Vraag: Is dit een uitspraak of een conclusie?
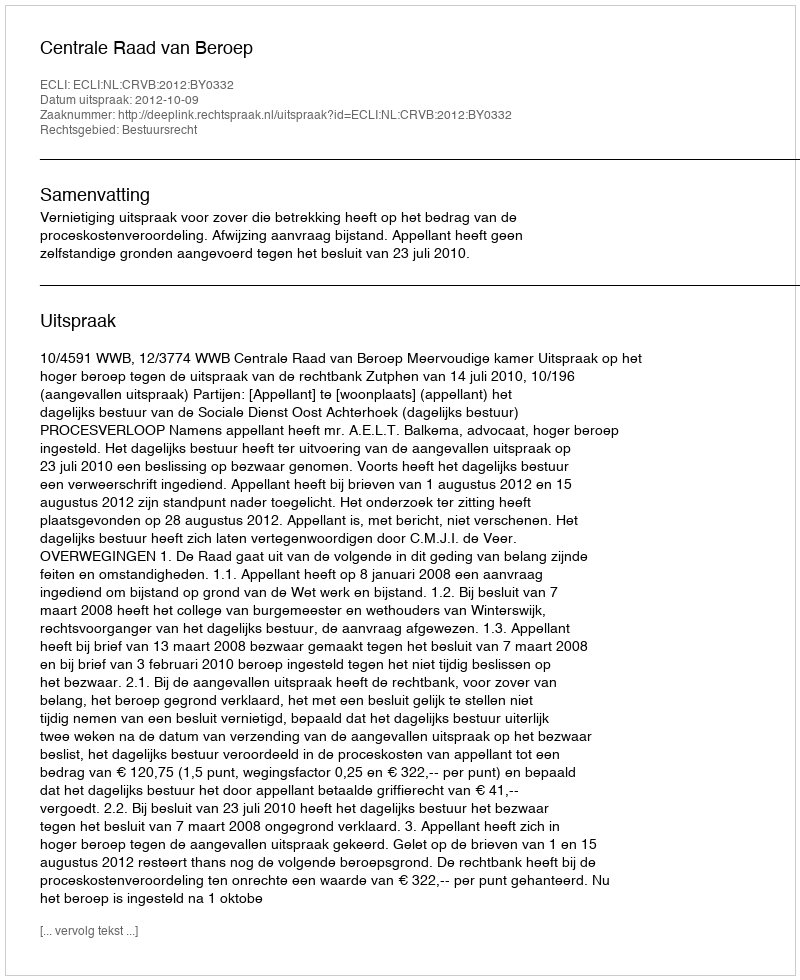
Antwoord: Uitspraak